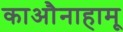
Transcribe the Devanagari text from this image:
काऔनाहामू